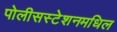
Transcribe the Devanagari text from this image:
पोलीसस्टेशनमधिल